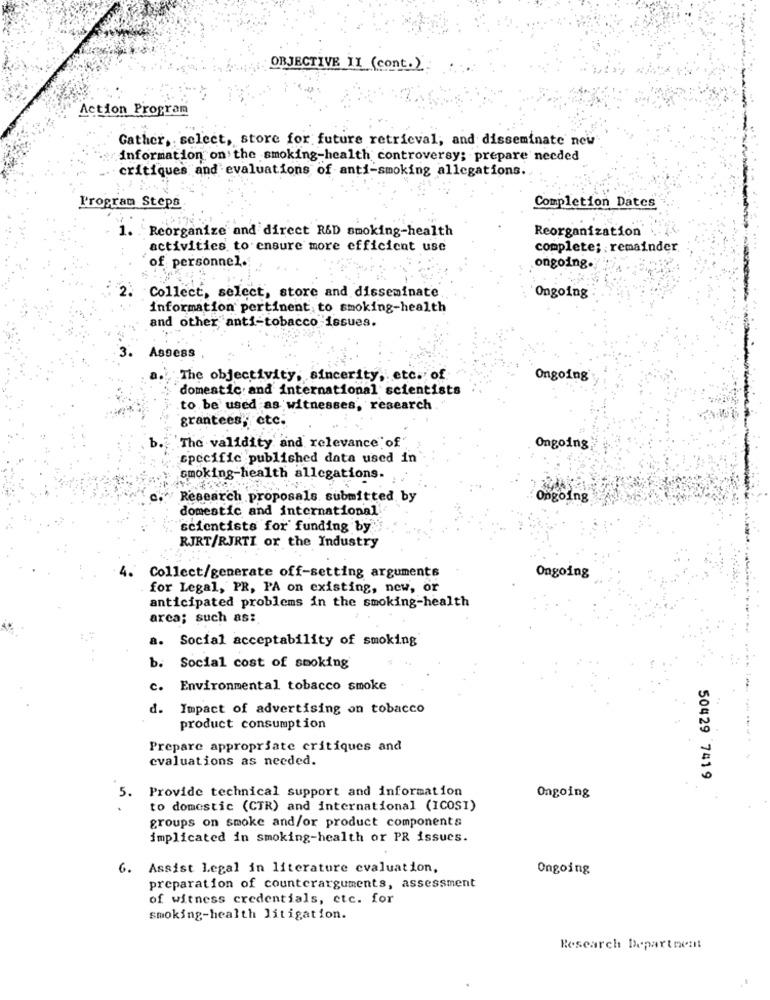
OBJECTIVE 11 (cont.)
Action Program
Gather, select, store for future retrieval, and disseminate new
information on the smoking-health controversy; prepare needed
critiques and evaluations of anti-smoking allegations.
Program Steps
Completion Dates
Reorganize and direct R&D smoking-health
Reorganization
activities to ensure more efficient use
complete; remainder.
of personnel.
ongoing.
Collect, select, store and disseminate
Ongoing
information pertinent to smoking-health
and other anti-tobacco issues.
Assess
The objectivity, sincerity, etc. of
Ongoing
domestic and international scientists
to be used as witnesses, research.
grantees, etc.
b.
"The validity and relevance of
Ongoing
specific published data used in
smoking-health allegations.
Research proposals submitted by
Ongoing
domestic and international
scientists for funding by
RJRT/RJRTI or the Industry
4.
Collect/generate off-setting arguments
Ongoing
for Legal, PR, PA on existing, new, or
anticipated problems in the smoking-health
arca; such as:
a. Social acceptability of smoking
b. Social cost of smoking
c. Environmental tobacco smoke
d. Impact of advertising on tobacco
product consumption
Prepare appropriate critiques and
evaluations as needed.
50429 7419
Provide technical support and information
5.
Ongoing
to domestic (CTR) and international (ICOSI)
groups on smoke and/or product components
implicated in smoking-health or PR issues.
6. Assist Legal in literature evaluation,
Ongoing
preparation of counterarguments, assessment
of witness credentials, etc. for
smoking-health litigation.
Research Department